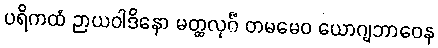
ပရိကထံ ဉာယဝါဒိနော မတ္ထလုင်္ဂံ တမမေဝ ယောဂျဘာဝေန